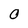
Character: O